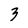
Character: 3